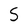
Character: S